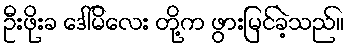
ဦးဖိုးခ ဒေါ်မိလေး တို့က ဖွားမြင်ခဲ့သည်။